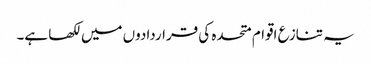
یہ تنازع اقوام متحدہ کی قراردادوں میں لکھا ہے۔